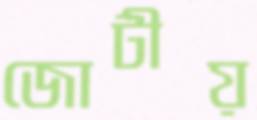
জোটীয়